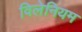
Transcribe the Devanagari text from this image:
विलेनियम